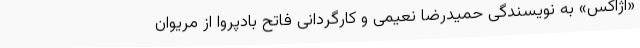
«آژاکس» به نویسندگی حمیدرضا نعیمی و کارگردانی فاتح بادپروا از مریوان